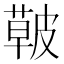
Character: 𱾑